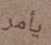
يأمر